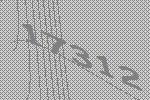
17312